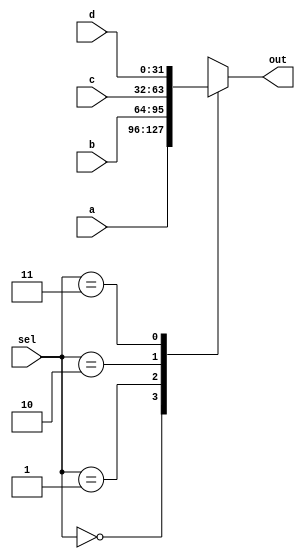
`timescale 1ns / 1ps
//////////////////////////////////////////////////////////////////////////////////
// Company: 
// Engineer: 
// 
// Design Name: 
// Module Name: multiplexer32bit4x1
// Project Name: 
// Target Devices: 
// Tool Versions: 
// Description: 
// Standard fixed 32 bit 4x1 multiplexer
// Dependencies: 
// 
// Revision:
// Revision 0.01 - File Created
// Additional Comments:
// 
//////////////////////////////////////////////////////////////////////////////////


module multiplexer32bits4x1 ( a, b, c, d, sel, out);

input [31:0] a, b, c, d;
input [1:0] sel;
output reg [31:0] out;

always @ (*)
begin

case (sel)
2'b00 : out <= a;
2'b01 : out <= b;
2'b10 : out <= c;
2'b11 : out <= d;
default:;
endcase
/*
    00 dataMem
    01 jalr
    10 AUIPC
    11 Lui
*/

end

endmodule